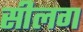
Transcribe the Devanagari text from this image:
सीलग